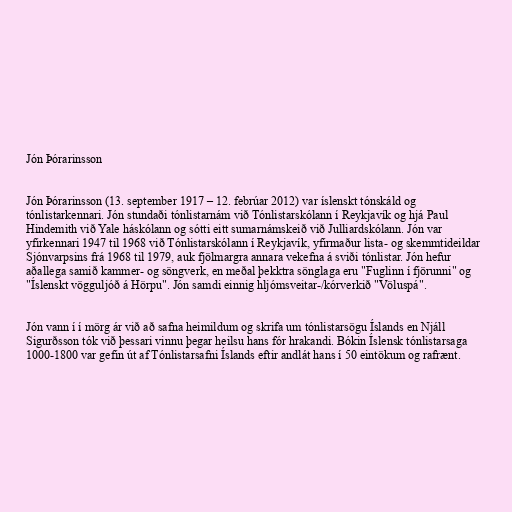
Jón Þórarinsson

Jón Þórarinsson (13. september 1917 – 12. febrúar 2012) var íslenskt tónskáld og
tónlistarkennari. Jón stundaði tónlistarnám við Tónlistarskólann í Reykjavík og hjá Paul
Hindemith við Yale háskólann og sótti eitt sumarnámskeið við Julliardskólann. Jón var
yfirkennari 1947 til 1968 við Tónlistarskólann í Reykjavík, yfirmaður lista- og skemmtideildar
Sjónvarpsins frá 1968 til 1979, auk fjölmargra annara vekefna á sviði tónlistar. Jón hefur
aðallega samið kammer- og söngverk, en meðal þekktra sönglaga eru "Fuglinn í fjörunni" og
"Íslenskt vögguljóð á Hörpu". Jón samdi einnig hljómsveitar-/kórverkið "Völuspá".

Jón vann í í mörg ár við að safna heimildum og skrifa um tónlistarsögu Íslands en Njáll
Sigurðsson tók við þessari vinnu þegar heilsu hans fór hrakandi. Bókin Íslensk tónlistarsaga
1000-1800 var gefin út af Tónlistarsafni Íslands eftir andlát hans í 50 eintökum og rafrænt.